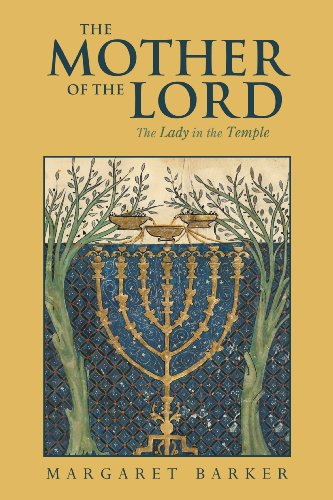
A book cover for The Mother of the Lord: Volume 1: The Lady in the Temple; Margaret Barker; Christian Books & Bibles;